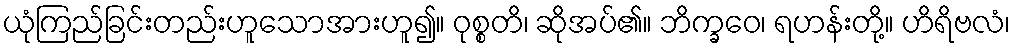
ယုံကြည်ခြင်းတည်းဟူသောအားဟူ၍။ ဝုစ္စတိ၊ ဆိုအပ်၏။ ဘိက္ခဝေ၊ ရဟန်းတို့။ ဟိရိဗလံ၊